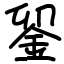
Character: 𨥫